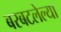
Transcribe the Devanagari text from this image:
बरबटलेल्या